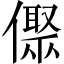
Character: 𠏭